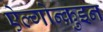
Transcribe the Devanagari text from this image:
ऐल्गोन्क़ुइन